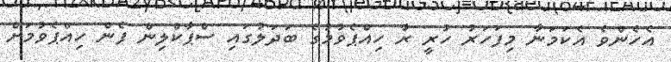
އެހެންވެ އެކަމަނާ މިފަހަރު ހުރީ ރާ ހިއްޕެވުމުގެ ބަދަލުގައި ސްޕާކްލިން ފެން ހިއްޕެވުމަށް